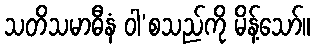
သတိသမာဓီနံ ဝါ’စသည်ကို မိန့်သော်။